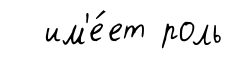
им'е́ет роль